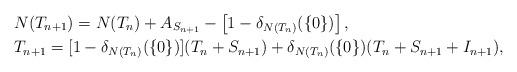
LaTeX: \begin{align*}&N(T_{n+1})=N(T_n)+A_{S_{n+1}}-\left[1-\delta_{N(T_n)}(\{0\})\right],\\&T_{n+1}=[1-\delta_{N(T_n)}(\{0\})](T_n+S_{n+1})+\delta_{N(T_n)}(\{0\})(T_n+S_{n+1}+I_{n+1}),\end{align*}